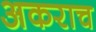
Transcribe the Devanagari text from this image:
अकराच